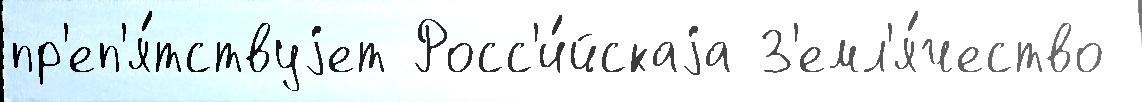
пр'еп'я́тствуjет Росс'и́йскаjа З'емл'я́чество